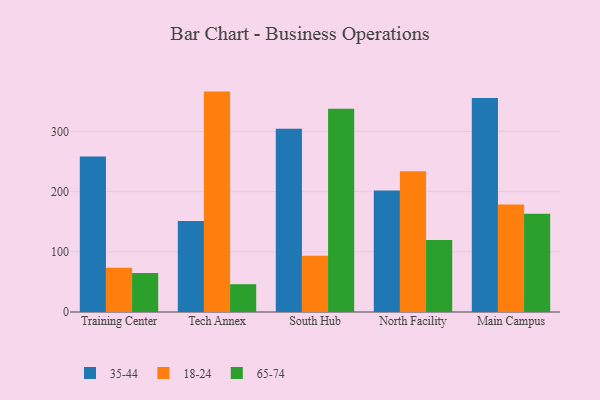
{"axis": {"x": "Campus", "y": "Website Visitors"}, "legend": ["18-24", "35-44", "65-74"], "data": [{"x": "Training Center", "y": 258.3, "type": "35-44"}, {"x": "Training Center", "y": 73.7, "type": "18-24"}, {"x": "Training Center", "y": 64.8, "type": "65-74"}, {"x": "Tech Annex", "y": 151.3, "type": "35-44"}, {"x": "Tech Annex", "y": 366.1, "type": "18-24"}, {"x": "Tech Annex", "y": 46.2, "type": "65-74"}, {"x": "South Hub", "y": 304.5, "type": "35-44"}, {"x": "South Hub", "y": 93.3, "type": "18-24"}, {"x": "South Hub", "y": 337.7, "type": "65-74"}, {"x": "North Facility", "y": 201.9, "type": "35-44"}, {"x": "North Facility", "y": 234.0, "type": "18-24"}, {"x": "North Facility", "y": 119.6, "type": "65-74"}, {"x": "Main Campus", "y": 355.5, "type": "35-44"}, {"x": "Main Campus", "y": 178.5, "type": "18-24"}, {"x": "Main Campus", "y": 163.1, "type": "65-74"}]}